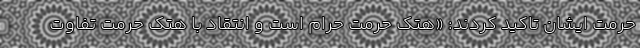
حرمت ایشان تاکید کردند: «هتک حرمت حرام است و انتقاد با هتک حرمت تفاوت